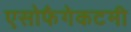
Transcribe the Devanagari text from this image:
एसोफैगेकटमी